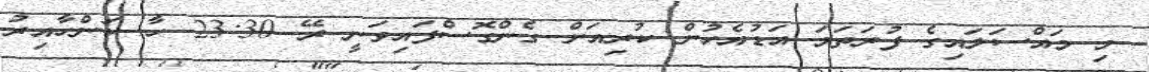
މި މައްސަލައިގެ ފުރަތަމަ އަޑުއެހުން ކުރިއަށް ގެންގޮސްފައިވަނީ ރޭ 23:30 ހާ ކަންހާއިރު